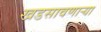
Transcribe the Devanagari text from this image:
खडसावणार्‍या